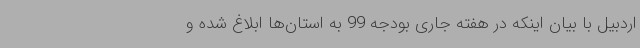
اردبیل با بیان اینکه در هفته جاری بودجه 99 به استان‌ها ابلاغ شده و